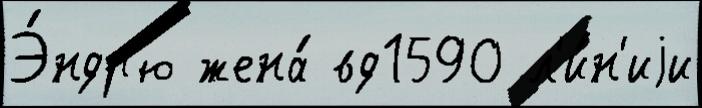
Э́ндр'ю жена́ вд1590 л'и́н'иjи